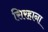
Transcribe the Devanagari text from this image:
सिरहाना